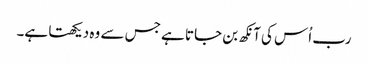
رب اُس کی آنکھ بن جاتا ہے جس سے وہ دیکھتا ہے۔